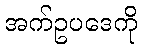
အက်ဥပဒေကို